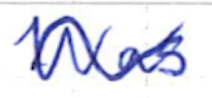
Text: was
Cross-out: wave
Writing tool: ballpoint